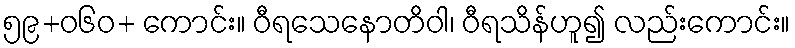
၅၉+ဝ၆၀+ ကောင်း။ ဝီရသေနောတိဝါ၊ ဝီရသိန်ဟူ၍ လည်းကောင်း။